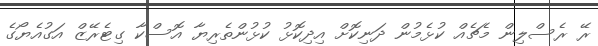
ރޭ ރެސްލިން މެޗެއް ކުޅެމުން ދަނިކޮށް އިދިކޮޅު ކުޅުންތެރިޔާ އޮސްކާ ގިޓެރޭޒް އަގުއެޔޯގެ